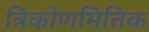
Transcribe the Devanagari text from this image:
त्रिकोणमितिक